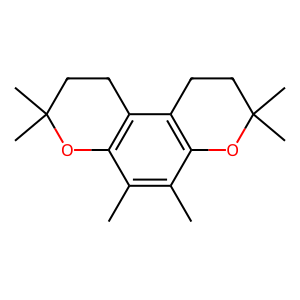
SMILES: Cc1c(C)c2c(c3c1OC(C)(C)CC3)CCC(C)(C)O2
Inhibits HIV replication: No